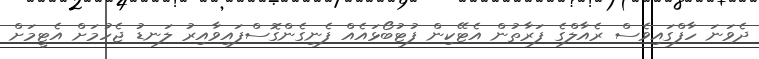
ދެވަނަ ހާފްގައިވެސް ރެއާލްގެ ފަރާތުން އެޓޭކިން ފުޓުބޯޅައެއް ފެނިގެންގޮސްފައިވާއިރު ލަނޑު ޖެހުމަށް އެޓީމަށް